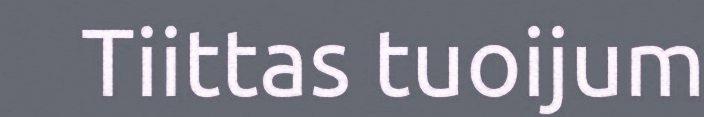
Tiittas tuoijum